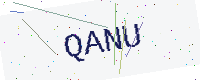
Text: QANU